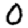
Digit: 0